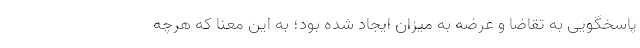
پاسخگویی به تقاضا و عرضه به میزان ایجاد شده بود؛ به این معنا که هرچه